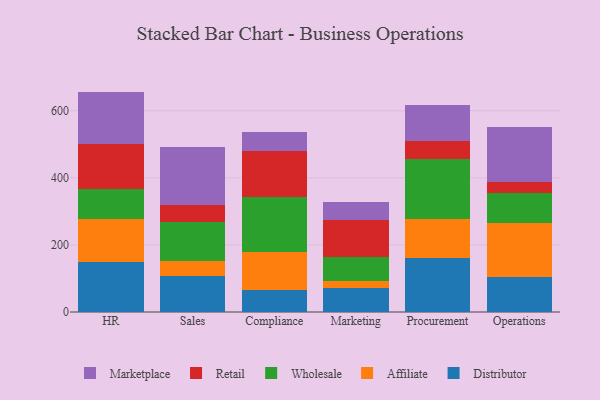
{"axis": {"x": "Department", "y": "Net Income (USD K)"}, "legend": ["Affiliate", "Distributor", "Marketplace", "Retail", "Wholesale"], "data": [{"x": "HR", "y": 149.6, "type": "Distributor"}, {"x": "HR", "y": 128.6, "type": "Affiliate"}, {"x": "HR", "y": 89.0, "type": "Wholesale"}, {"x": "HR", "y": 135.1, "type": "Retail"}, {"x": "HR", "y": 154.9, "type": "Marketplace"}, {"x": "Sales", "y": 106.7, "type": "Distributor"}, {"x": "Sales", "y": 44.2, "type": "Affiliate"}, {"x": "Sales", "y": 116.9, "type": "Wholesale"}, {"x": "Sales", "y": 50.1, "type": "Retail"}, {"x": "Sales", "y": 174.3, "type": "Marketplace"}, {"x": "Compliance", "y": 66.8, "type": "Distributor"}, {"x": "Compliance", "y": 112.3, "type": "Affiliate"}, {"x": "Compliance", "y": 164.0, "type": "Wholesale"}, {"x": "Compliance", "y": 136.2, "type": "Retail"}, {"x": "Compliance", "y": 56.9, "type": "Marketplace"}, {"x": "Marketing", "y": 70.4, "type": "Distributor"}, {"x": "Marketing", "y": 22.3, "type": "Affiliate"}, {"x": "Marketing", "y": 70.7, "type": "Wholesale"}, {"x": "Marketing", "y": 110.1, "type": "Retail"}, {"x": "Marketing", "y": 55.8, "type": "Marketplace"}, {"x": "Procurement", "y": 159.9, "type": "Distributor"}, {"x": "Procurement", "y": 118.5, "type": "Affiliate"}, {"x": "Procurement", "y": 179.0, "type": "Wholesale"}, {"x": "Procurement", "y": 52.1, "type": "Retail"}, {"x": "Procurement", "y": 109.1, "type": "Marketplace"}, {"x": "Operations", "y": 104.3, "type": "Distributor"}, {"x": "Operations", "y": 161.4, "type": "Affiliate"}, {"x": "Operations", "y": 88.4, "type": "Wholesale"}, {"x": "Operations", "y": 33.1, "type": "Retail"}, {"x": "Operations", "y": 163.3, "type": "Marketplace"}]}